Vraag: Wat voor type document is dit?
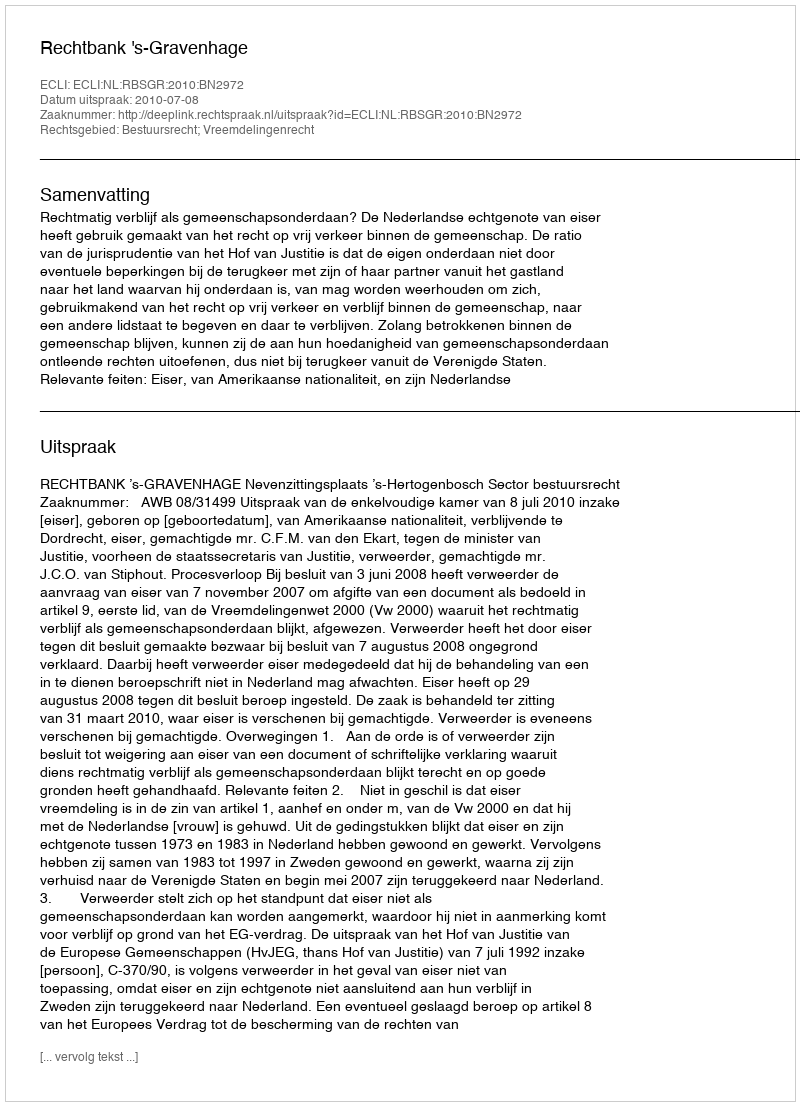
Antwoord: Uitspraak